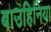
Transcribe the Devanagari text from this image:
बाउहिनिया